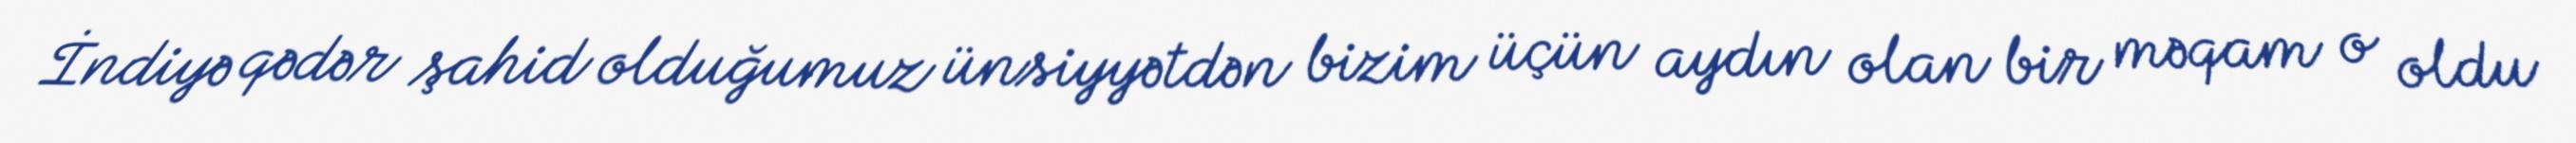
İndiyə qədər şahid olduğumuz ünsiyyətdən bizim üçün aydın olan bir məqam o oldu